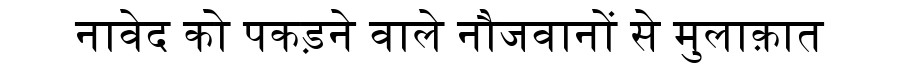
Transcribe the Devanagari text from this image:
नावेद को पकड़ने वाले नौजवानों से मुलाक़ात